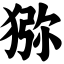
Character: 猕